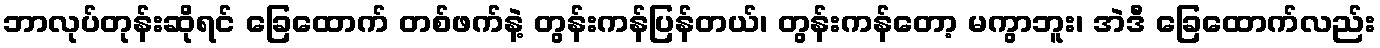
ဘာလုပ်တုန်းဆိုရင် ခြေထောက် တစ်ဖက်နဲ့ တွန်းကန်ပြန်တယ်၊ တွန်းကန်တော့ မကွာဘူး၊ အဲဒီ ခြေထောက်လည်း